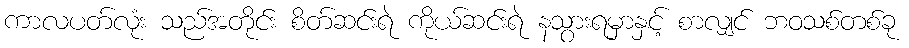
ကာလပတ်လုံး သည်အတိုင်း စိတ်ဆင်းရဲ ကိုယ်ဆင်းရဲ နသွားရမှာနှင့် စာလျှင် ဘဝသစ်တစ်ခု